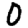
Digit: 0